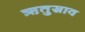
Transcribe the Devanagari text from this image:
ऋतुस्राव